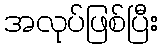
အလုပ်ဖြစ်ပြီး